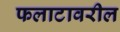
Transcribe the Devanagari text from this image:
फलाटावरील